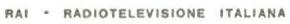
RAI - RADIOTELEVISIONE ITALIANA